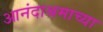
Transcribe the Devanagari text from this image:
आनंदाश्रमाच्या